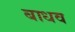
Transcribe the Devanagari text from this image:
बाधव